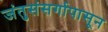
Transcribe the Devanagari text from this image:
जंतुसंसर्गापासून